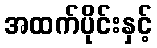
အထက်ပိုင်းနှင့်